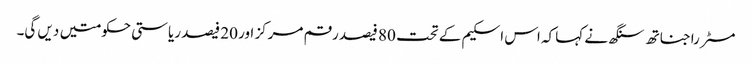
مسٹر راجناتھ سنگھ نے کہا کہ اس اسکیم کے تحت 80 فیصد رقم مرکز اور 20 فیصد ریاستی حکومتیں دیں گی۔